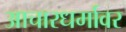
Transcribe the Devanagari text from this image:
आचारधर्मावर